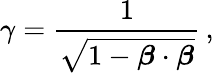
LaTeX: \gamma={\frac{1}{\sqrt{1-{\boldsymbol{\beta}}\cdot{\boldsymbol{\beta}}}}}\, ,